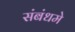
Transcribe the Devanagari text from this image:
संबंधमे